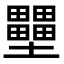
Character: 壨